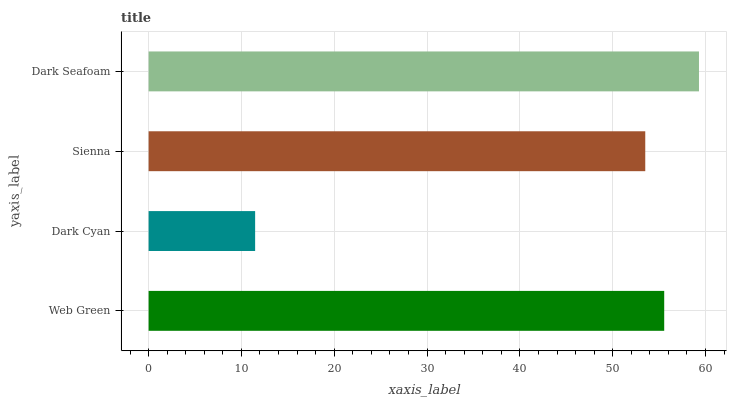
| yaxis_label | bars |
 | --- | --- |
 | Web Green | 55.5 |
 | Dark Cyan | 11.5 |
 | Sienna | 53.5 |
 | Dark Seafoam | 59.3 |